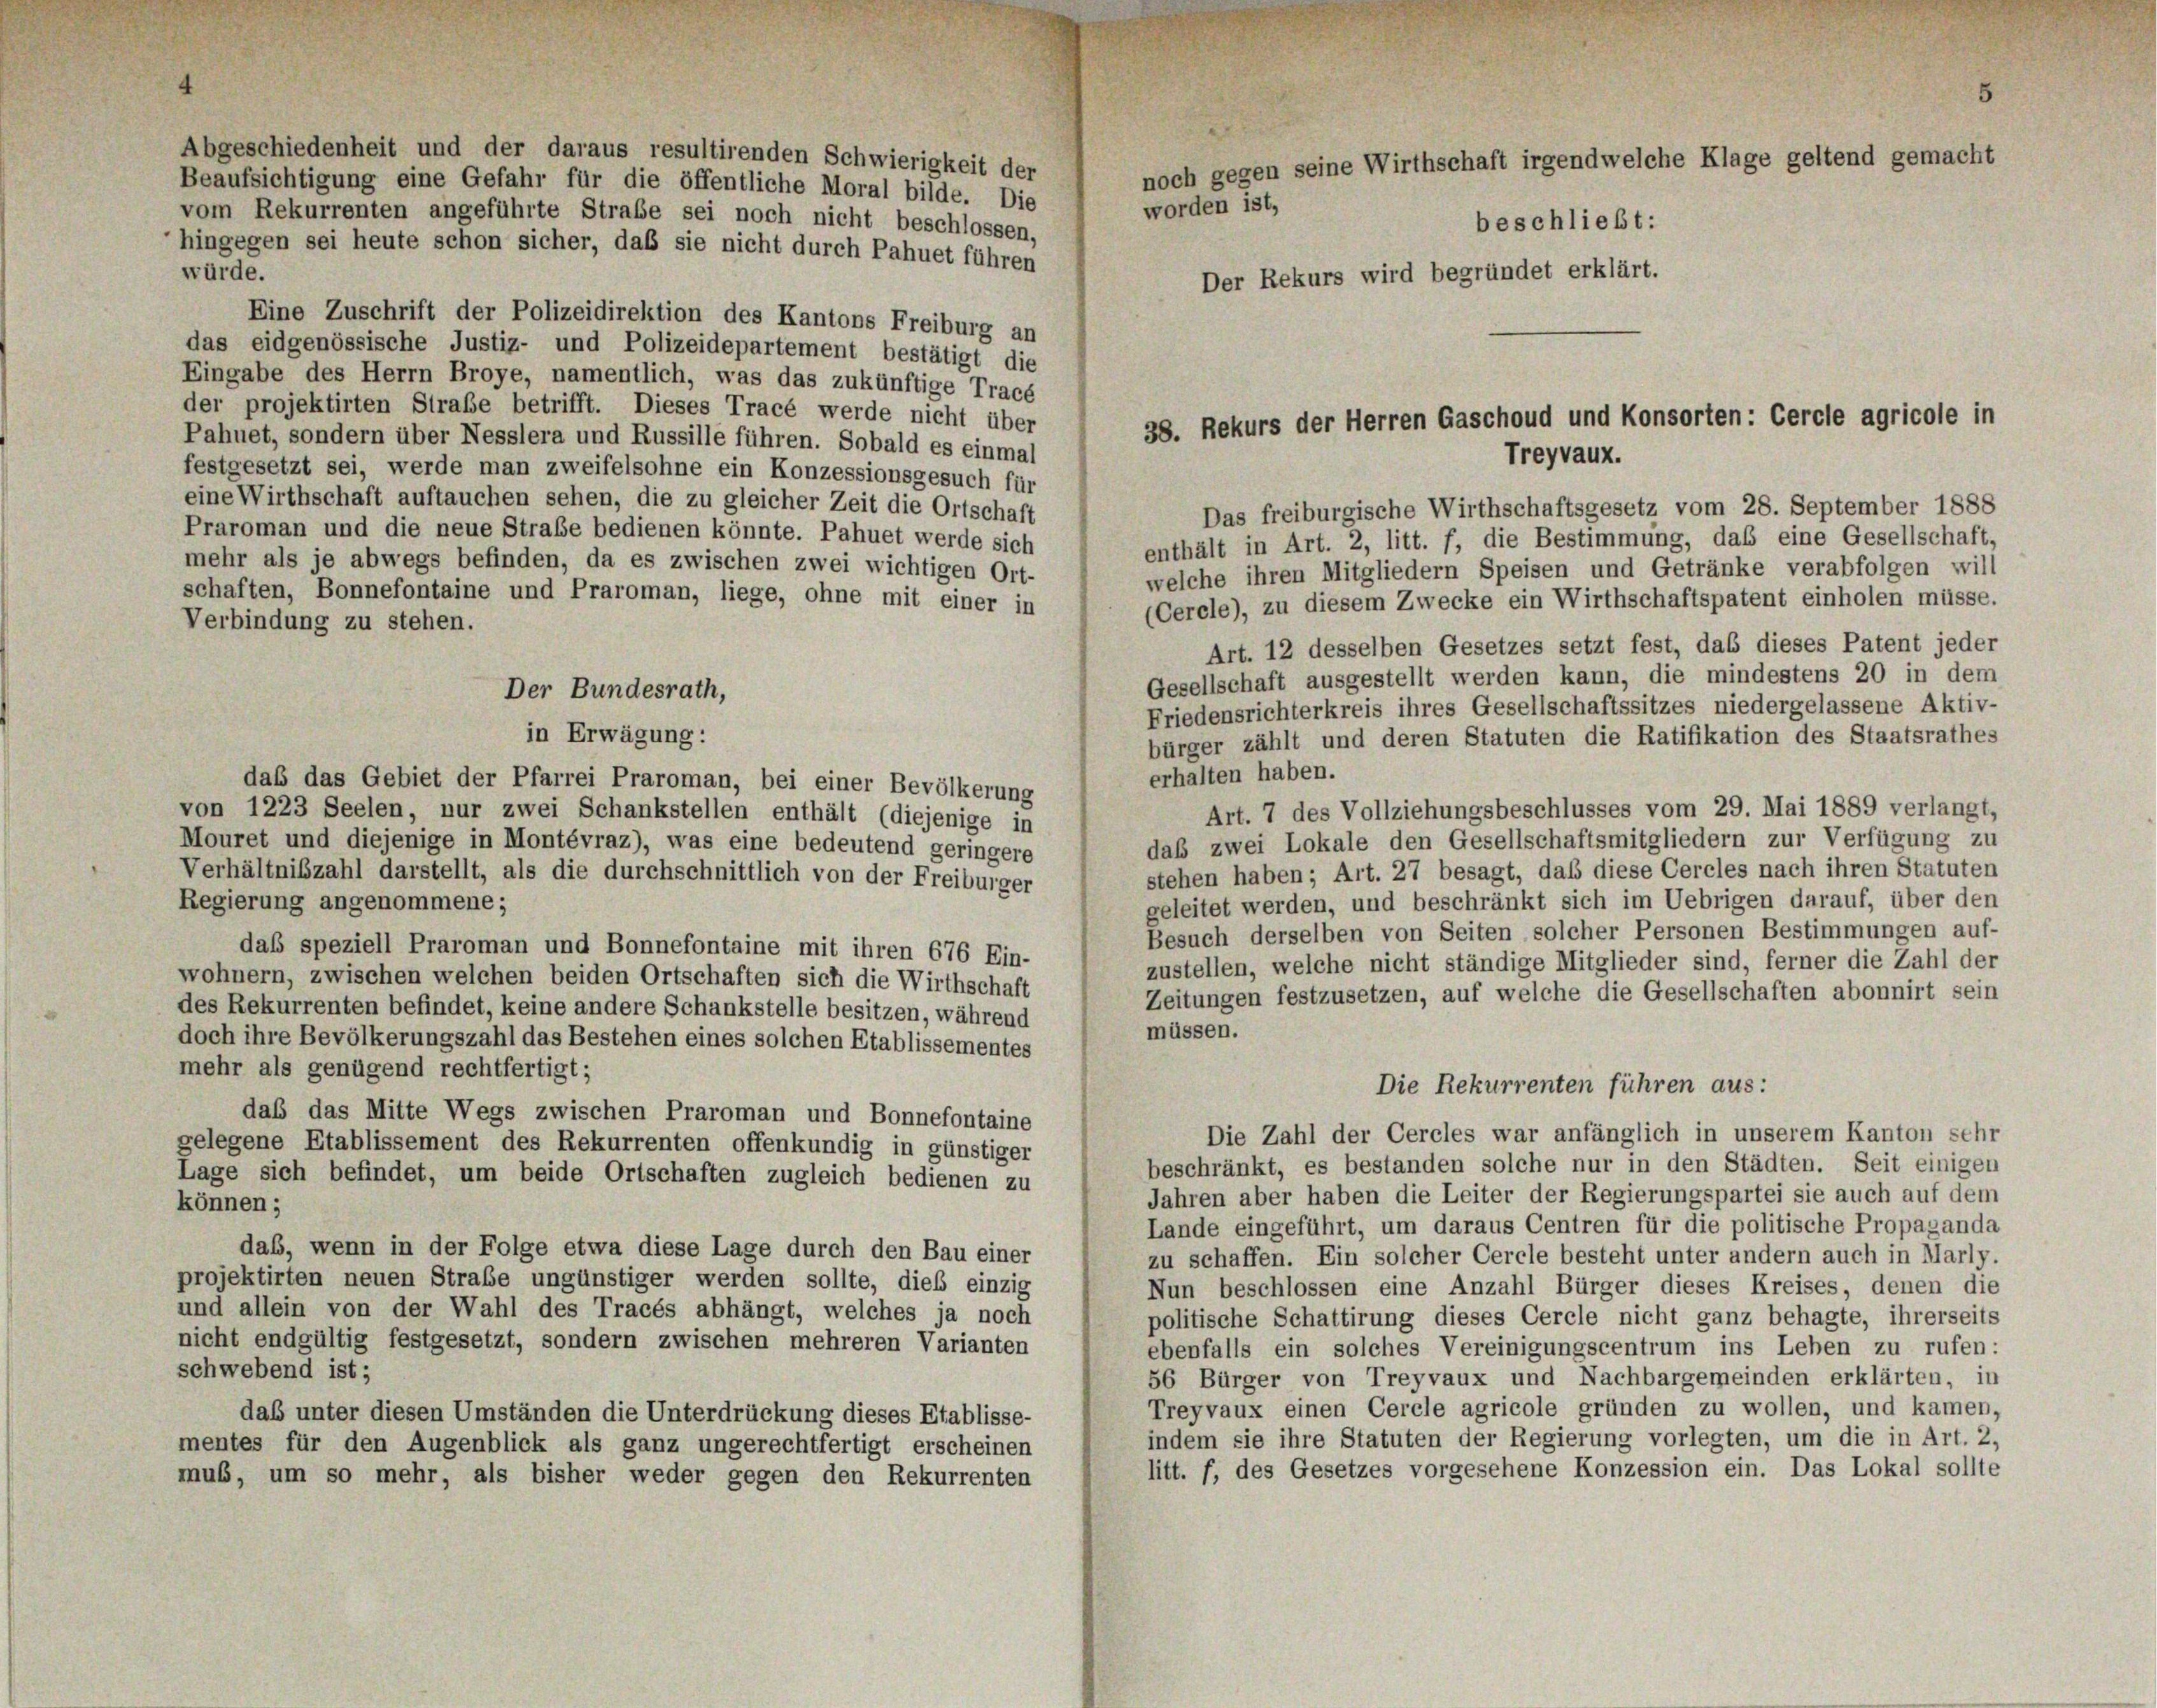
Abgeschiedenheit und der daraus resultirenden Schwierigkeit der
Beaufsichtigung eine Gefahr für die öffentliche Moral bilde. Die
vom Rekurrenten angeführte Straße sei noch nicht beschlossen,
hingegen sei heute schon sicher, daß sie nicht durch Pahuet führen
würde.
Eine Zuschrift der Polizeidirektion des Kantons Freiburg an
das eidgenössische Justiz- und Polizeidepartement bestätigt die
Eingabe des Herrn Broye, namentlich, was das zukünftige Tracé
der projektirten Straße betrifft. Dieses Tracé werde nicht über
Pahnet, sondern über Nesslera und Russille führen. Sobald es einmal
festgesetzt sei, werde man zweifelsohne ein Konzessionsgesuch für
eine Wirthschaft auftauchen sehen, die zu gleicher Zeit die Ortschaft
Praroman und die neue Straße bedienen könnte. Pahuet werde sich
mehr als je abwegs befinden, da es zwischen zwei wichtigen Ort-
schaften, Bonnefontaine und Praroman, liege, ohne mit einer in
Verbindung zu stehen.
Der Bundesrath,
in Erwägung:
erhalten haben.
daß das Gebiet der Pfarrei Praroman, bei einer Bevölkerung
von 1223 Seelen, nur zwei Schankstellen enthält (diejenige in
Mouret und diejenige in Montévraz), was eine bedeutend geringere
Verhältnißzahl darstellt, als die durchschnittlich von der Freiburger
Regierung angenommene;
daß speziell Praroman und Bonnefontaine mit ihren 676 Ein-
wohnern, zwischen welchen beiden Ortschaften sich die Wirthschaft
des Rekurrenten befindet, keine andere Schankstelle besitzen, während
müssen.
doch ihre Bevölkerungszahl das Bestehen eines solchen Etablissementes
mehr als genügend rechtfertigt;
Die Rekurrenten führen aus:
daß das Mitte Wegs zwischen Praroman und Bonnefontaine
Die Zahl der Cercles war anfänglich in unserem Kanton sehr
gelegene Etablissement des Rekurrenten offenkundig in günstiger
beschränkt, es bestanden solche nur in den Städten. Seit einigen
Lage sich befindet, um beide Ortschaften zugleich bedienen zu
Jahren aber haben die Leiter der Regierungspartei sie auch auf dem
können;
Lande eingeführt, um daraus Centren für die politische Propaganda
das, wenn in der Folge etwa diese Lage durch den Bau einer
zu schaffen. Ein solcher Cercle besteht unter andern auch in Marly.
projektirten neuen Strabe ungünstiger werden sollte, dieß einzig
Nun beschlossen eine Anzahl Bürger dieses Kreises, denen die
und allein von der Wahl des Tracés abhängt, welches ja noch
politische Schattirung dieses Cercle nicht ganz behagte, ihrerseits
nicht endgültig festgesetzt, sondern zwischen mehreren Varianten
ebenfalls ein solches Vereinigungscentrum ins Leben zu rufen:
schwebend ist;
56 Bürger von Treyvaux und Nachbargemeinden erklärten, in
Treyvaux einen Cercle agricole gründen zu wollen, und kamen,
das unter diesen Umständen die Unterdrückung dieses Etablisse-
indem sie ihre Statuten der Regierung vorlegten, um die in Art. 2,
mentes für den Augenblick als ganz ungerechtfertigt erscheinen
litt. f, des Gesetzes vorgesehene Konzession ein. Das Lokal sollte
mus, um so mehr, als bisher weder gegen den Rekurrenten

noch gegen seine Wirthschaft irgendwelche Klage geltend gemacht
beschließt:
Der Rekurs wird begründet erklärt.

worden ist,

38. Rekurs der Herren Gaschoud und Konsorten: Cercle agricole in
Treyvaux.

Das freiburgische Wirthschaftsgesetz vom 28. September 1888
enthält in Art. 2, litt. f, die Bestimmung, daß eine Gesellschaft,
welche ihren Mitgliedern Speisen und Getränke verabfolgen will
(Cercle), zu diesem Zwecke ein Wirthschaftspatent einholen müsse.
Art. 12 desselben Gesetzes setzt fest, das dieses Patent jeder
Gesellschaft ausgestellt werden kann, die mindestens 20 in dem
Friedensrichterkreis ihres Gesellschaftssitzes niedergelassene Aktiv-
bürger zählt und deren Statuten die Ratifikation des Staatsrathes
Art. 7 des Vollziehungsbeschlusses vom 29. Mai 1889 verlangt,
daß zwei Lokale den Gesellschaftsmitgliedern zur Verfügung zu
stehen haben; Art. 27 besagt, daß diese Cercles nach ihren Statuten
geleitet werden, und beschränkt sich im Uebrigen darauf, über den
Besuch derselben von Seiten solcher Personen Bestimmungen auf-
zustellen, welche nicht ständige Mitglieder sind, ferner die Zahl der
Zeitungen festzusetzen, auf welche die Gesellschaften abonnirt sein